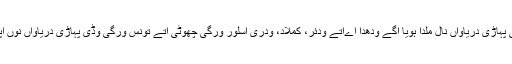
یمنوتری پہاڑ ولوں نکلکے ایہہ دریا کئی پہاڑی دریاواں نال ملدا ہویا اگے ودھدا اےاتے ودئر، کملاد، ودری اسلور ورگی چھوٹی اتے تونس ورگی وڈی پہاڑی دریاواں نوں اپنے آنچل وچّ سمیٹدا ہویا اگے ودھدا اے ۔